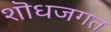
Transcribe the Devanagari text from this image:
शॊधजगत